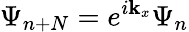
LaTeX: \Psi_{n+N}=e^{i\mathbf{k}_{x}}\Psi_{n}